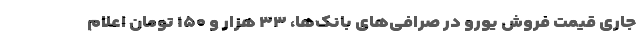
جاری قیمت فروش یورو در صرافی‌های بانک‌ها، ۳۳ هزار و ۱۵۰ تومان اعلام